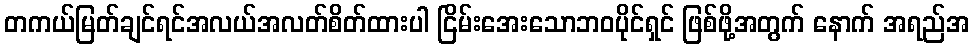
တကယ်မြတ်ချင်ရင်အလယ်အလတ်စိတ်ထားပါ ငြိမ်းအေးသောဘဝပိုင်ရှင် ဖြစ်ဖို့အတွက် နောက် အရည်အ